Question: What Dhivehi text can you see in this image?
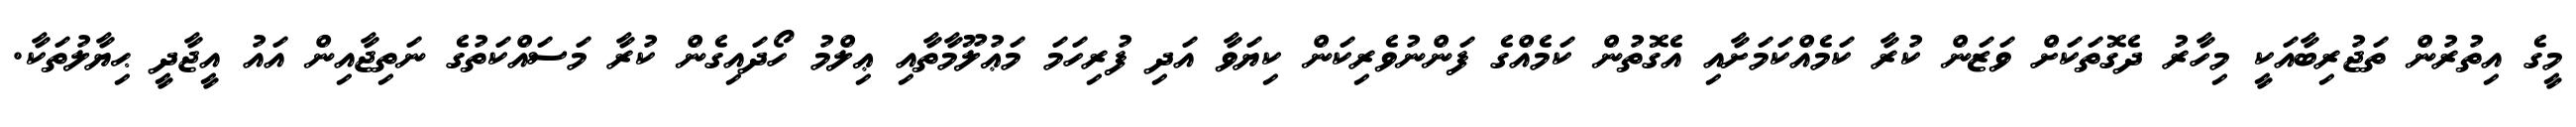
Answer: މީގެ އިތުރުން ތަޖުރިބާއަކީ މިހާރު ދެގޮތަކަށް ވަޒަން ކުރާ ކަމެއްކަމަށާއި އެގޮތުން ކަމެއްގެ ފަންނުވެރިކަން ކިޔަވާ އަދި ފުރިހަމަ މަޢުލޫމާތާއި ޢިލްމު ހޯދައިގެން ކުރާ މަސައްކަތުގެ ނަތިޖާއިން އައު އީޖާދީ ޙިޔާލުތަކާ.